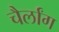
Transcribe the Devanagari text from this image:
चैर्लांग